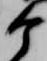
ヶ